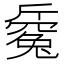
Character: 𣃅